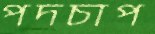
পদচাপ